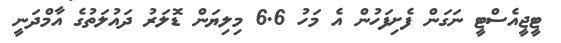
ޓީޖީއެސްޓީ ނަގަން ފެށިފަހުން އެ މަހު 6.6 މިލިޔަން ޑޮލަރު ދައުލަތުގެ އާމްދަނީ